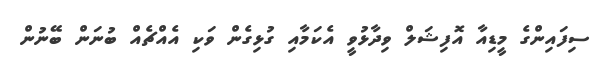
ސިފައިންގެ މީޑިއާ އޮފިޝަލް ވިދާޅުވީ އެކަމާއި ގުޅިގެން ވަކި އެއްޗެއް ބުނަން ބޭނުން